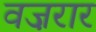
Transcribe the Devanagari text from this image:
वज़रार